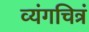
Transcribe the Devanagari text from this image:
व्यंगचित्रं